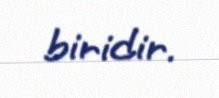
biridir.